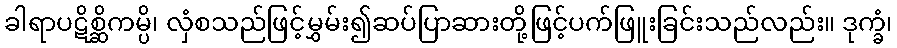
ခါရာပဋိစ္ဆိကမ္ပိ၊ လှံစသည်ဖြင့်မွှမ်း၍ဆပ်ပြာဆားတို့ဖြင့်ပက်ဖြူးခြင်းသည်လည်း။ ဒုက္ခံ၊